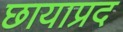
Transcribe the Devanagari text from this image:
छायाप्रद